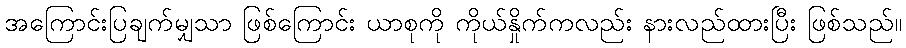
အကြောင်းပြချက်မျှသာ ဖြစ်ကြောင်း ယာစုကို ကိုယ်နှိုက်ကလည်း နားလည်ထားပြီး ဖြစ်သည်။